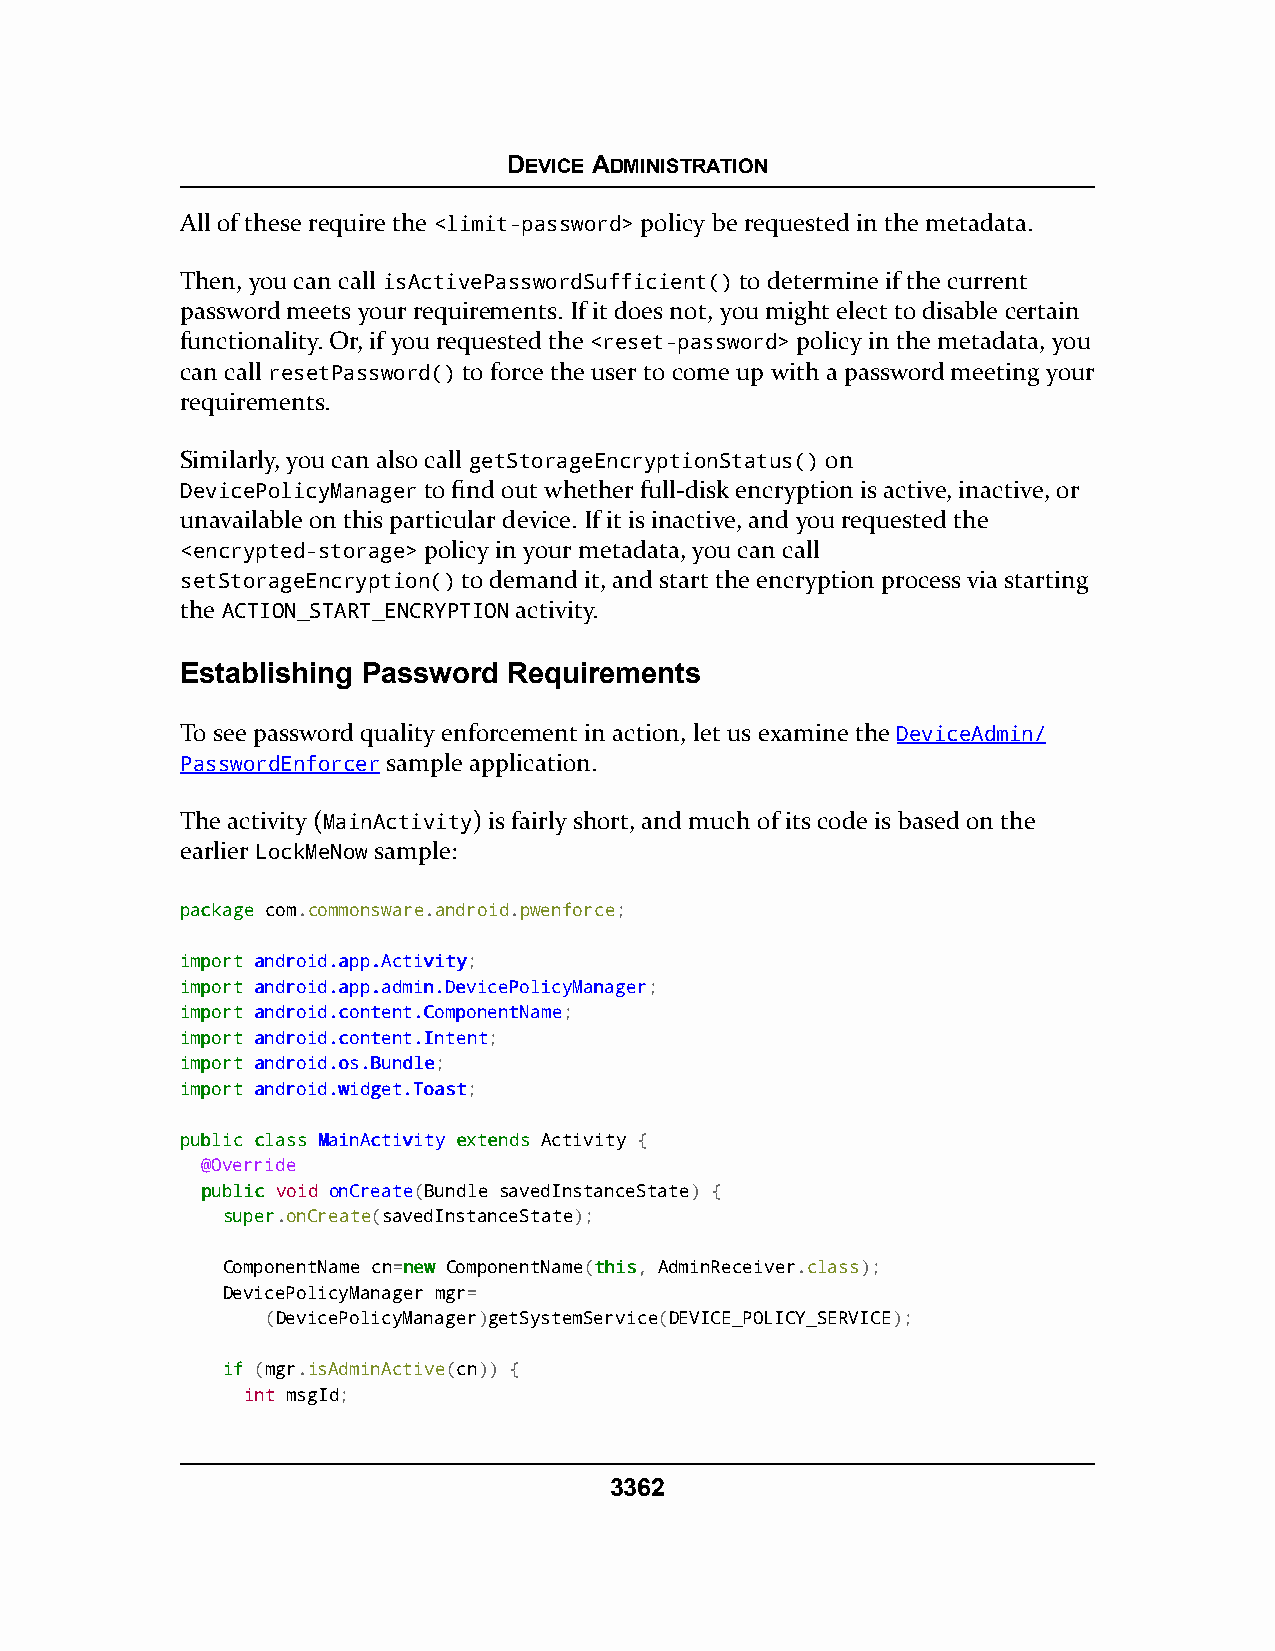
DEVICE ADMINISTRATION
 All of these require the <limit-password> policy be requested in the metadata.
 Then, you can call isActivePasswordSufficient() to determine if the current
 password meets your requirements. If it does not, you might elect to disable certain
 functionality. Or, if you requested the <reset-password> policy in the metadata, you
 can call resetPassword() to force the user to come up with a password meeting your
 requirements.
 Similarly, you can also call getStorageEncryptionStatus() on
 DevicePolicyManager to find out whether full-disk encryption is active, inactive, or
 unavailable on this particular device. If it is inactive, and you requested the
 <encrypted-storage> policy in your metadata, you can call
 setStorageEncryption() to demand it, and start the encryption process via starting
 the ACTION_START_ENCRYPTION activity.
 Establishing Password Requirements
 To see password quality enforcement in action, let us examine the DeviceAdmin/
 PasswordEnforcer sample application.
 The activity (MainActivity) is fairly short, and much of its code is based on the
 earlier LockMeNow sample:
 ppaacckkaaggee com.commonsware.android.pwenforce;
 iimmppoorrtt aannddrrooiidd..aapppp..AAccttiivviittyy;
 iimmppoorrtt aannddrrooiidd..aapppp..aaddmmiinn..DDeevviicceePPoolliiccyyMMaannaaggeerr;
 iimmppoorrtt aannddrrooiidd..ccoonntteenntt..CCoommppoonneennttNNaammee;
 iimmppoorrtt aannddrrooiidd..ccoonntteenntt..IInntteenntt;
 iimmppoorrtt aannddrrooiidd..ooss..BBuunnddllee;
 iimmppoorrtt aannddrrooiidd..wwiiddggeett..TTooaasstt;
 ppuubblliicc ccllaassss MMaaiinnAAccttiivviittyy eexxtteennddss Activity {
 @Override
 ppuubblliicc void onCreate(Bundle savedInstanceState) {
 ssuuppeerr.onCreate(savedInstanceState);
 ComponentName cn=nneeww ComponentName(tthhiiss, AdminReceiver.class);
 DevicePolicyManager mgr=
 (DevicePolicyManager)getSystemService(DEVICE_POLICY_SERVICE);
 iiff (mgr.isAdminActive(cn)) {
 int msgId;
 3362